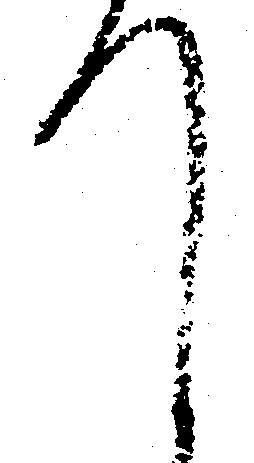
て